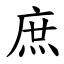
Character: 庶